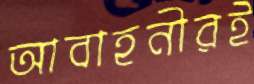
আবাহনীরই